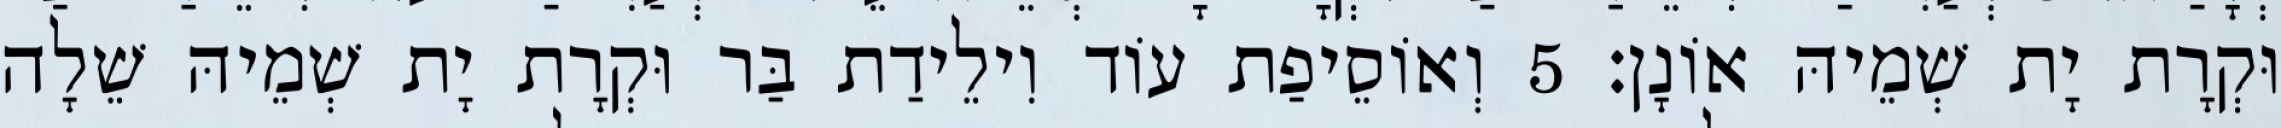
וּקְרָת יָת שְׁמֵיהּ אוֹנָן׃ 5 וְאוֹסֵיפַת עוֹד וִילֵידַת בַּר וּקְרָת יָת שְׁמֵיהּ שֵׁלָה